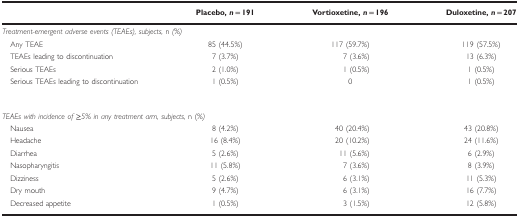
<table><thead><tr><td><b> </b></td><td><b>Placebo, <i>n</i>=191</b></td><td><b>Vortioxetine, <i>n</i>=196</b></td><td><b>Duloxetine, <i>n</i>=207</b></td></tr></thead><tbody><tr><td colspan="4"><i>Treatment-emergent adverse events (TEAEs), subjects,</i> n <i>(%)</i></td></tr><tr><td> Any TEAE</td><td>85 (44.5%)</td><td>117 (59.7%)</td><td>119 (57.5%)</td></tr><tr><td> TEAEs leading to discontinuation</td><td>7 (3.7%)</td><td>7 (3.6%)</td><td>13 (6.3%)</td></tr><tr><td> Serious TEAEs</td><td>2 (1.0%)</td><td>1 (0.5%)</td><td>1 (0.5%)</td></tr><tr><td> Serious TEAEs leading to discontinuation</td><td>1 (0.5%)</td><td>0</td><td>1 (0.5%)</td></tr><tr><td> </td><td> </td><td> </td><td> </td></tr><tr><td colspan="4"><i>TEAEs with incidence of ≥5% in any treatment arm, subjects,</i> n (<i>%)</i></td></tr><tr><td> Nausea</td><td>8 (4.2%)</td><td>40 (20.4%)</td><td>43 (20.8%)</td></tr><tr><td> Headache</td><td>16 (8.4%)</td><td>20 (10.2%)</td><td>24 (11.6%)</td></tr><tr><td> Diarrhea</td><td>5 (2.6%)</td><td>11 (5.6%)</td><td>6 (2.9%)</td></tr><tr><td> Nasopharyngitis</td><td>11 (5.8%)</td><td>7 (3.6%)</td><td>8 (3.9%)</td></tr><tr><td> Dizziness</td><td>5 (2.6%)</td><td>6 (3.1%)</td><td>11 (5.3%)</td></tr><tr><td> Dry mouth</td><td>9 (4.7%)</td><td>6 (3.1%)</td><td>16 (7.7%)</td></tr><tr><td> Decreased appetite</td><td>1 (0.5%)</td><td>3 (1.5%)</td><td>12 (5.8%)</td></tr></tbody></table>